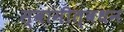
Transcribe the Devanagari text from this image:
स्वामीत्वधन